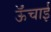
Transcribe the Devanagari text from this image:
ऊॅंचाई